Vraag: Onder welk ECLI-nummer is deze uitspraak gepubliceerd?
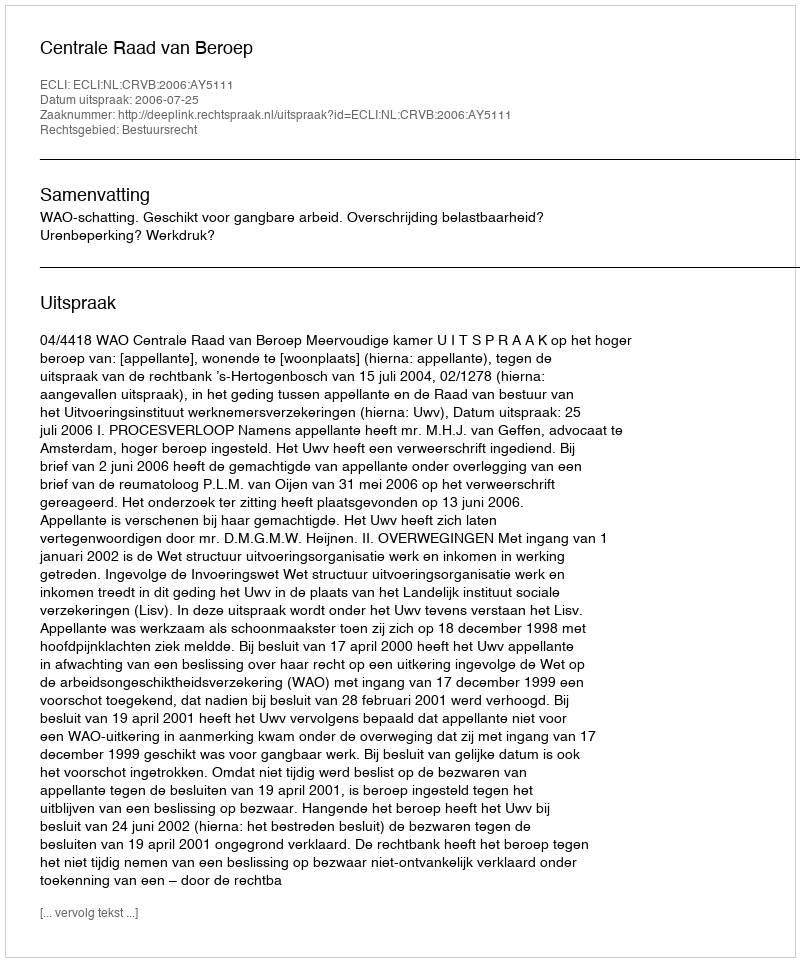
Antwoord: ECLI:NL:CRVB:2006:AY5111